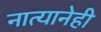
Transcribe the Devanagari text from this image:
नात्यानेही